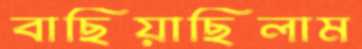
বাছিয়াছিলাম